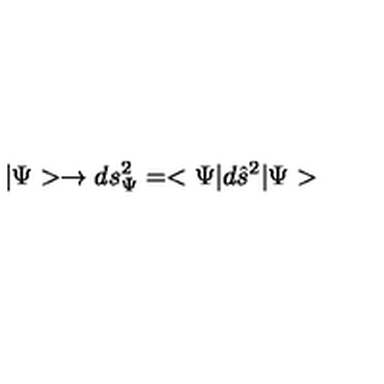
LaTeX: | \Psi > \rightarrow d s _ { \Psi } ^ { 2 } = < \Psi | d \hat { s } ^ { 2 } | \Psi >